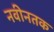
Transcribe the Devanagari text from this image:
नवीनतक